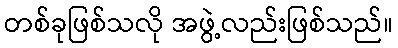
တစ်ခုဖြစ်သလို အဖွဲ့လည်းဖြစ်သည်။